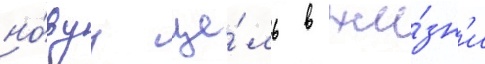
но́вуу це́ль в жи́зн'и